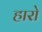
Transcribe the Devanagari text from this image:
हारो